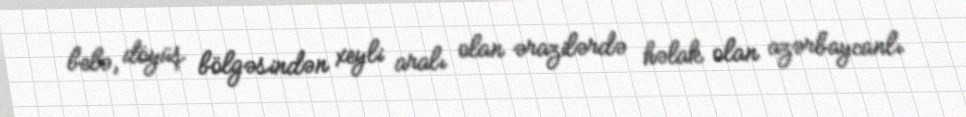
belə, döyüş bölgəsindən xeyli aralı olan ərazilərdə həlak olan azərbaycanlı